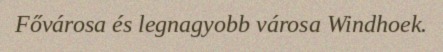
Fővárosa és legnagyobb városa Windhoek.